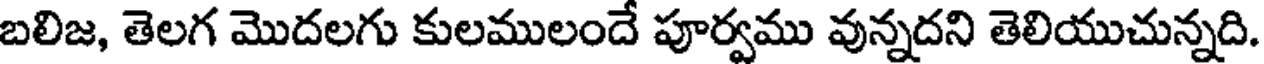
బలిజ, తెలగ మొదలగు కులములందే పూర్వము వున్నదని తెలియుచున్నది.